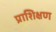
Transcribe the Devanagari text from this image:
प्राशिक्षण